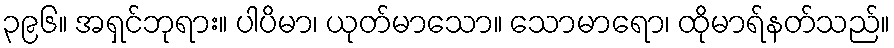
၃၉၆။ အရှင်ဘုရား။ ပါပိမာ၊ ယုတ်မာသော။ သောမာရော၊ ထိုမာရ်နတ်သည်။